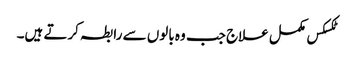
ٹکسکس مکمل علاج جب وہ بالوں سے رابطہ کرتے ہیں۔